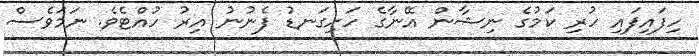
ހިފައިފައި ހުރި ކަމުގެ ނިޝާން އޭނާގެ ހަށިގަނޑު ފެނުނު އިރު ހުއްޓެވެ. ނަމަވެސް